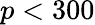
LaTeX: p<300